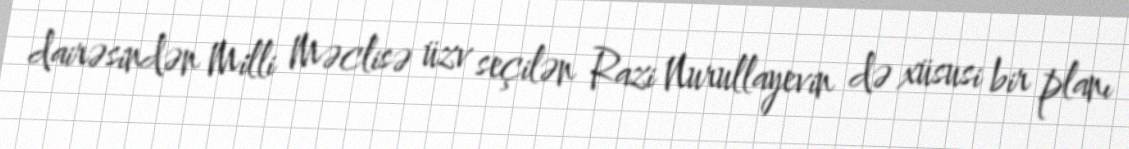
dairəsindən Milli Məclisə üzv seçilən Razi Nurullayevin də xüsusi bir planı